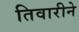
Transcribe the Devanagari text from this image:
तिवारीने